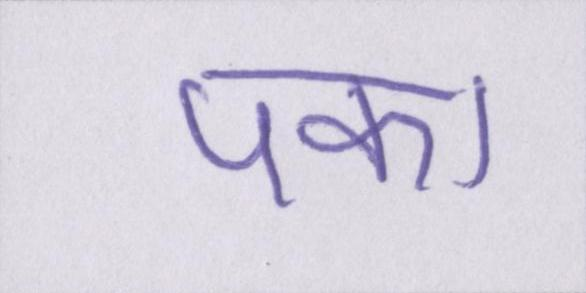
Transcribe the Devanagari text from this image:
पका